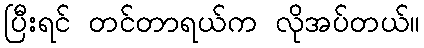
ပြီးရင် တင်တာရယ်က လိုအပ်တယ်။